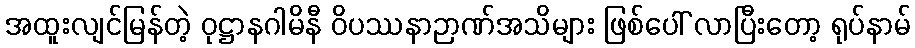
အထူးလျင်မြန်တဲ့ ဝုဋ္ဌာနဂါမိနီ ဝိပဿနာဉာဏ်အသိများ ဖြစ်ပေါ် လာပြီးတော့ ရုပ်နာမ်